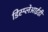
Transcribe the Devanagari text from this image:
डिस्प्लेआईडी